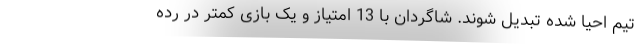
تیم احیا شده تبدیل شوند. شاگردان با 13 امتیاز و یک بازی کمتر در رده